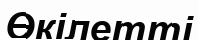
Өкілетті